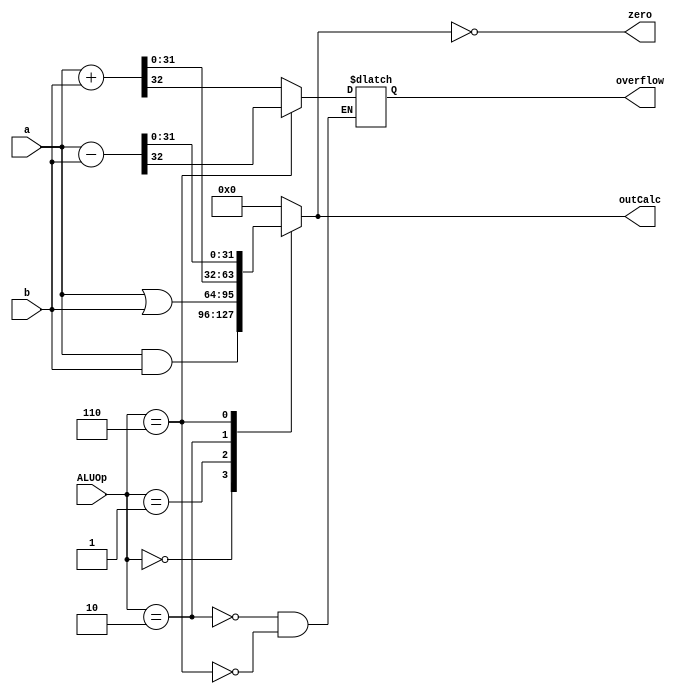
////////////////////////////////////////////////////////////////////////////////
// Company: 	UMBC
//
// Module Name: ALU
// Description: ALU for a MIPS machine. Contains options for AND, OR, NOR, ADD, 
//		SUB, MULT, and EQ
//		control: 1 - AND	|	5 - EQ
//					2 - OR	|	6 - MULT
//					3 - ADD	|	7 - NOR
//					4 - SUB
////////////////////////////////////////////////////////////////////////////////
module ALU(ALUOp, a, b, outCalc, zero, overflow);

	// Parameterized input and output bit length
	parameter SIZE = 32;

	// Inputs and outputs
	input [3:0] ALUOp; // ALUCTRL
	input [(SIZE-1):0] a,b;
	output reg [(SIZE-1):0] outCalc;
	output reg overflow;
	output zero;

	// Register for collecting the high 32 bits of mult
	//reg [(SIZE-1):0] high_mult;

	// Assign true if out is 0
	assign zero = (outCalc == 0);

	// Cases for ALU
	always @(ALUOp, a, b) begin
		case (ALUOp)
			4'b0000: begin
				// AND
				outCalc <= a & b;
			end
			4'b0001: begin
				// OR
				outCalc <= a | b;
			end
			4'b0010: begin
				// ADD
				{overflow,outCalc} <= a + b;
			end
			4'b0110: begin
				// SUB
				{overflow,outCalc} <= a - b;
			end
			default: begin
				// Default to 0 (should not happen)
				outCalc <= 0;
			end
		endcase
	end
endmodule